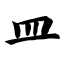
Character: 皿